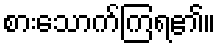
စားသောက်ကြရ၏။